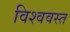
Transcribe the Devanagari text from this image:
विश्ववस्त